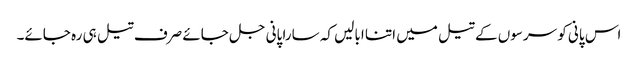
اس پانی کو سرسوں کے تیل میں اتنا ابالیں کہ سارا پانی جل جائے صرف تیل ہی رہ جائے۔